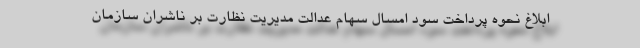
ابلاغ نحوه پرداخت سود امسال سهام عدالت مدیریت نظارت بر ناشران سازمان